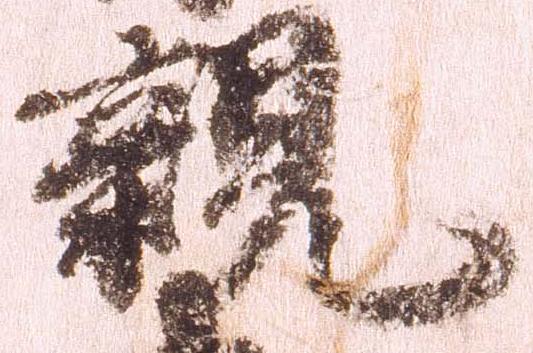
親